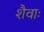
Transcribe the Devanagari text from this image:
शैवाः